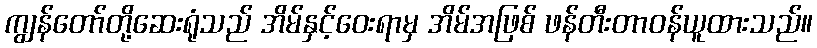
ကျွန်တော်တို့ဆေးရုံသည် အိမ်နှင့်ဝေးရာမှ အိမ်အဖြစ် ဖန်တီးတာဝန်ယူထားသည်။